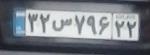
۳۲س۷۹۶۲۲